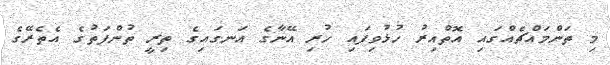
މި ތަންމައްޗެއްގައި އޮތްއިރު ހުޅުވިފައި ހުރި އޭނާގެ އަނގައިގެ ތިރީ ތުންފަތުގެ އެތެރޭގެ